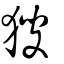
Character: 獀